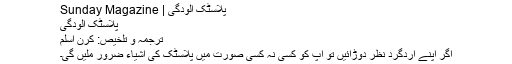
پلاسٹک آلودگی | Sunday Magazine
پلاسٹک آلودگی
ترجمہ و تلخیص: کرن اسلم
اگر اپنے اردگرد نظر دوڑائیں تو آپ کو کسی نہ کسی صورت میں پلاسٹک کی اشیاء ضرور ملیں گی۔